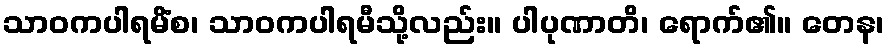
သာဝကပါရမိံစ၊ သာဝကပါရမီသို့လည်း။ ပါပုဏာတိ၊ ရောက်၏။ တေန၊